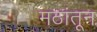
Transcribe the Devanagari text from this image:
मठांतून